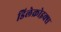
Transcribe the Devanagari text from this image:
डिलेक्रोइक्‍स